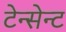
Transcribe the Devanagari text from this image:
टेन्सेन्ट